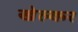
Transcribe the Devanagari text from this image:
खेल्कर